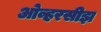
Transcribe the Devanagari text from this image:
ओव्हरसीझ